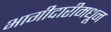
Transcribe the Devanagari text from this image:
भागीदारीमधून